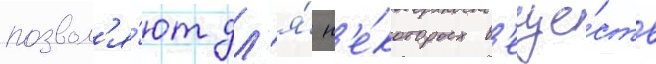
позвол'я́ют дл'я́ н'е́которых в'еще́ств